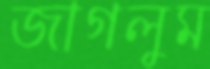
জাগলুম